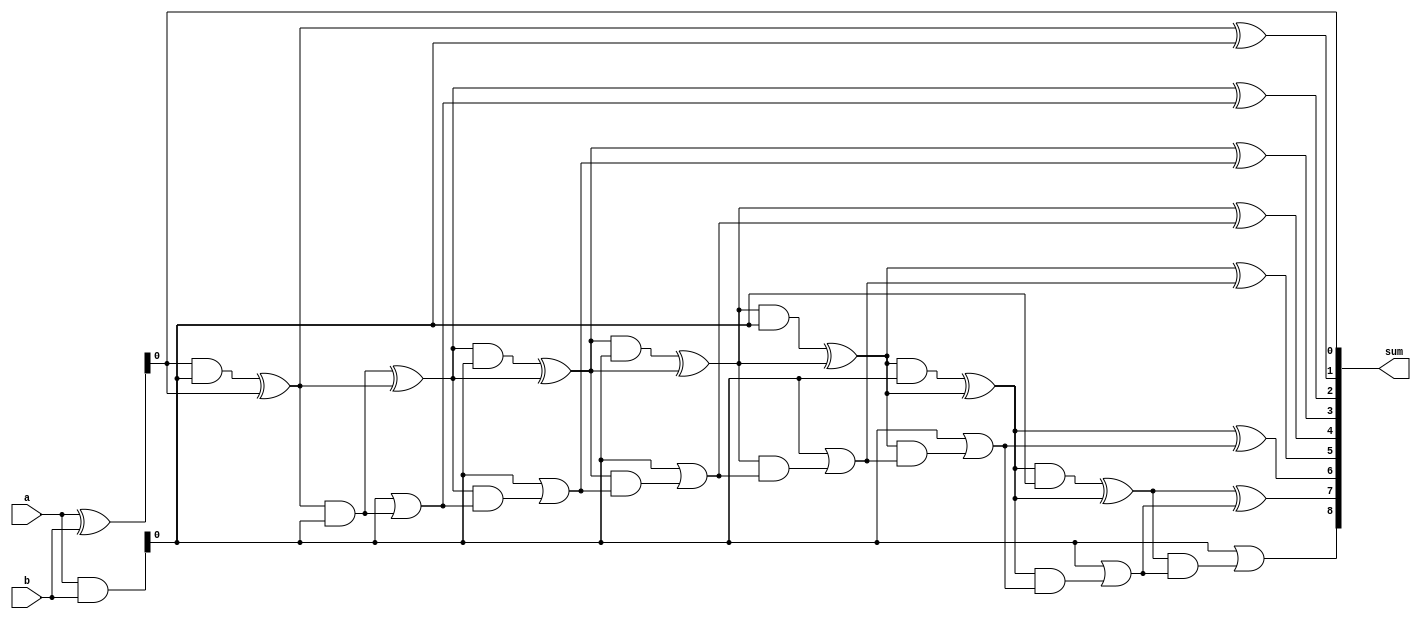
module brent_kung_adder (
    input wire [7:0] a,
    input wire [7:0] b,
    output reg [8:0] sum
);

reg [7:0] p;
reg [7:0] g;
reg [8:0] c;

assign p = a ^ b;
assign g = a & b;

assign sum[0] = p[0];
assign c[0] = g[0];

genvar i;
generate
    for (i = 1; i < 8; i = i + 1) begin : brent_kung_loop
        assign p[i] = p[i-1] & g[i-1] ^ p[i-1];
        assign g[i] = g[i-1] & g[i-1];
        assign sum[i] = p[i] ^ c[i-1];
        assign c[i] = g[i] | (p[i] & c[i-1]);
    end
endgenerate

assign sum[8] = c[7];
endmodule